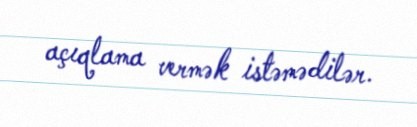
açıqlama vermək istəmədilər.